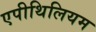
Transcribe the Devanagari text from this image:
एपीथिलियम